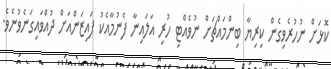
ކޮޅަށް ނުހުރެވިގެން ކިރިޔާ ބިންމައްޗަށް ނުވެއްޓި ހުރި އަލައިނާ ފެނުމާއެކު ފައިޒަންއަށް ދުއްވައިގަނެވުނެވެ.